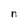
Character: n